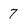
Character: 7